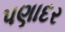
પણાદર